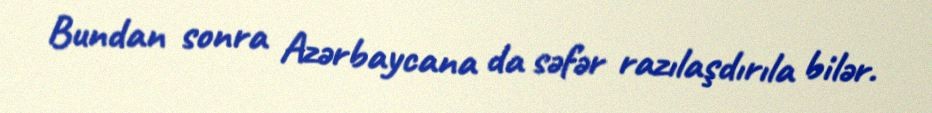
Bundan sonra Azərbaycana da səfər razılaşdırıla bilər.